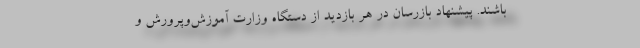
باشند. پیشنهاد بازرسان در هر بازدید از دستگاه وزارت آموزش‌وپرورش و